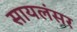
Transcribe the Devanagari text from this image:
सायलंसर